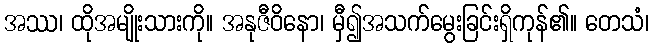
အဿ၊ ထိုအမျိုးသားကို။ အနုဇီဝိနော၊ မှီ၍အသက်မွေးခြင်းရှိကုန်၏။ တေသံ၊